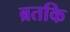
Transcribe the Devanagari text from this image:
ब्रतकि